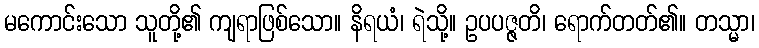
မကောင်းသော သူတို့၏ ကျရာဖြစ်သော။ နိရယံ၊ ရဲသို့။ ဥပပဇ္ဇတိ၊ ရောက်တတ်၏။ တသ္မာ၊